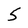
Character: 5